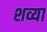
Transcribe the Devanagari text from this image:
शव्या